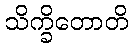
သိက္ခိတောတိ